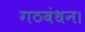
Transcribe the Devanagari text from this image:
गठबंधन।